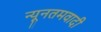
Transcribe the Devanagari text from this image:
न्यूनतमवादी